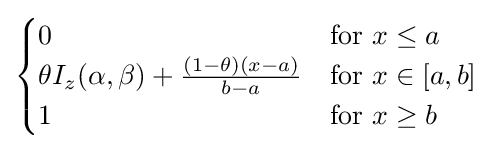
{\begin{cases}0&{\text{for }}x\leq a\\\theta I_{z}(\alpha ,\beta )+{\frac {(1-\theta )(x-a)}{b-a}}&{\text{for }}x\in [a,b]\\1&{\text{for }}x\geq b\end{cases}}